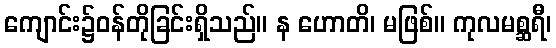
ကျောင်း၌ဝန်တိုခြင်းရှိသည်။ န ဟောတိ၊ မဖြစ်။ ကုလမစ္ဆရီ၊